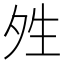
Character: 夝